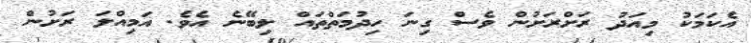
އެކަމަކު މިއަދު ރަށްރަށުން ވެސް ގިނަ ހިދުމަތްތައް ލިބޭނެ އެވެ. އަމިއްލަ ރަށުން